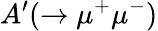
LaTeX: A^{\prime}(\rightarrow\mu^{+}\mu^{-})